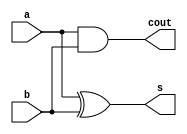
module Half_Adder (a,b,s,cout);
input a,b;
output s,cout;

assign s = a^b;
assign cout = a&b;

endmodule